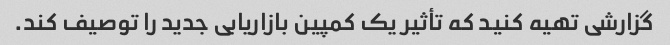
گزارشی تهیه کنید که تأثیر یک کمپین بازاریابی جدید را توصیف کند.